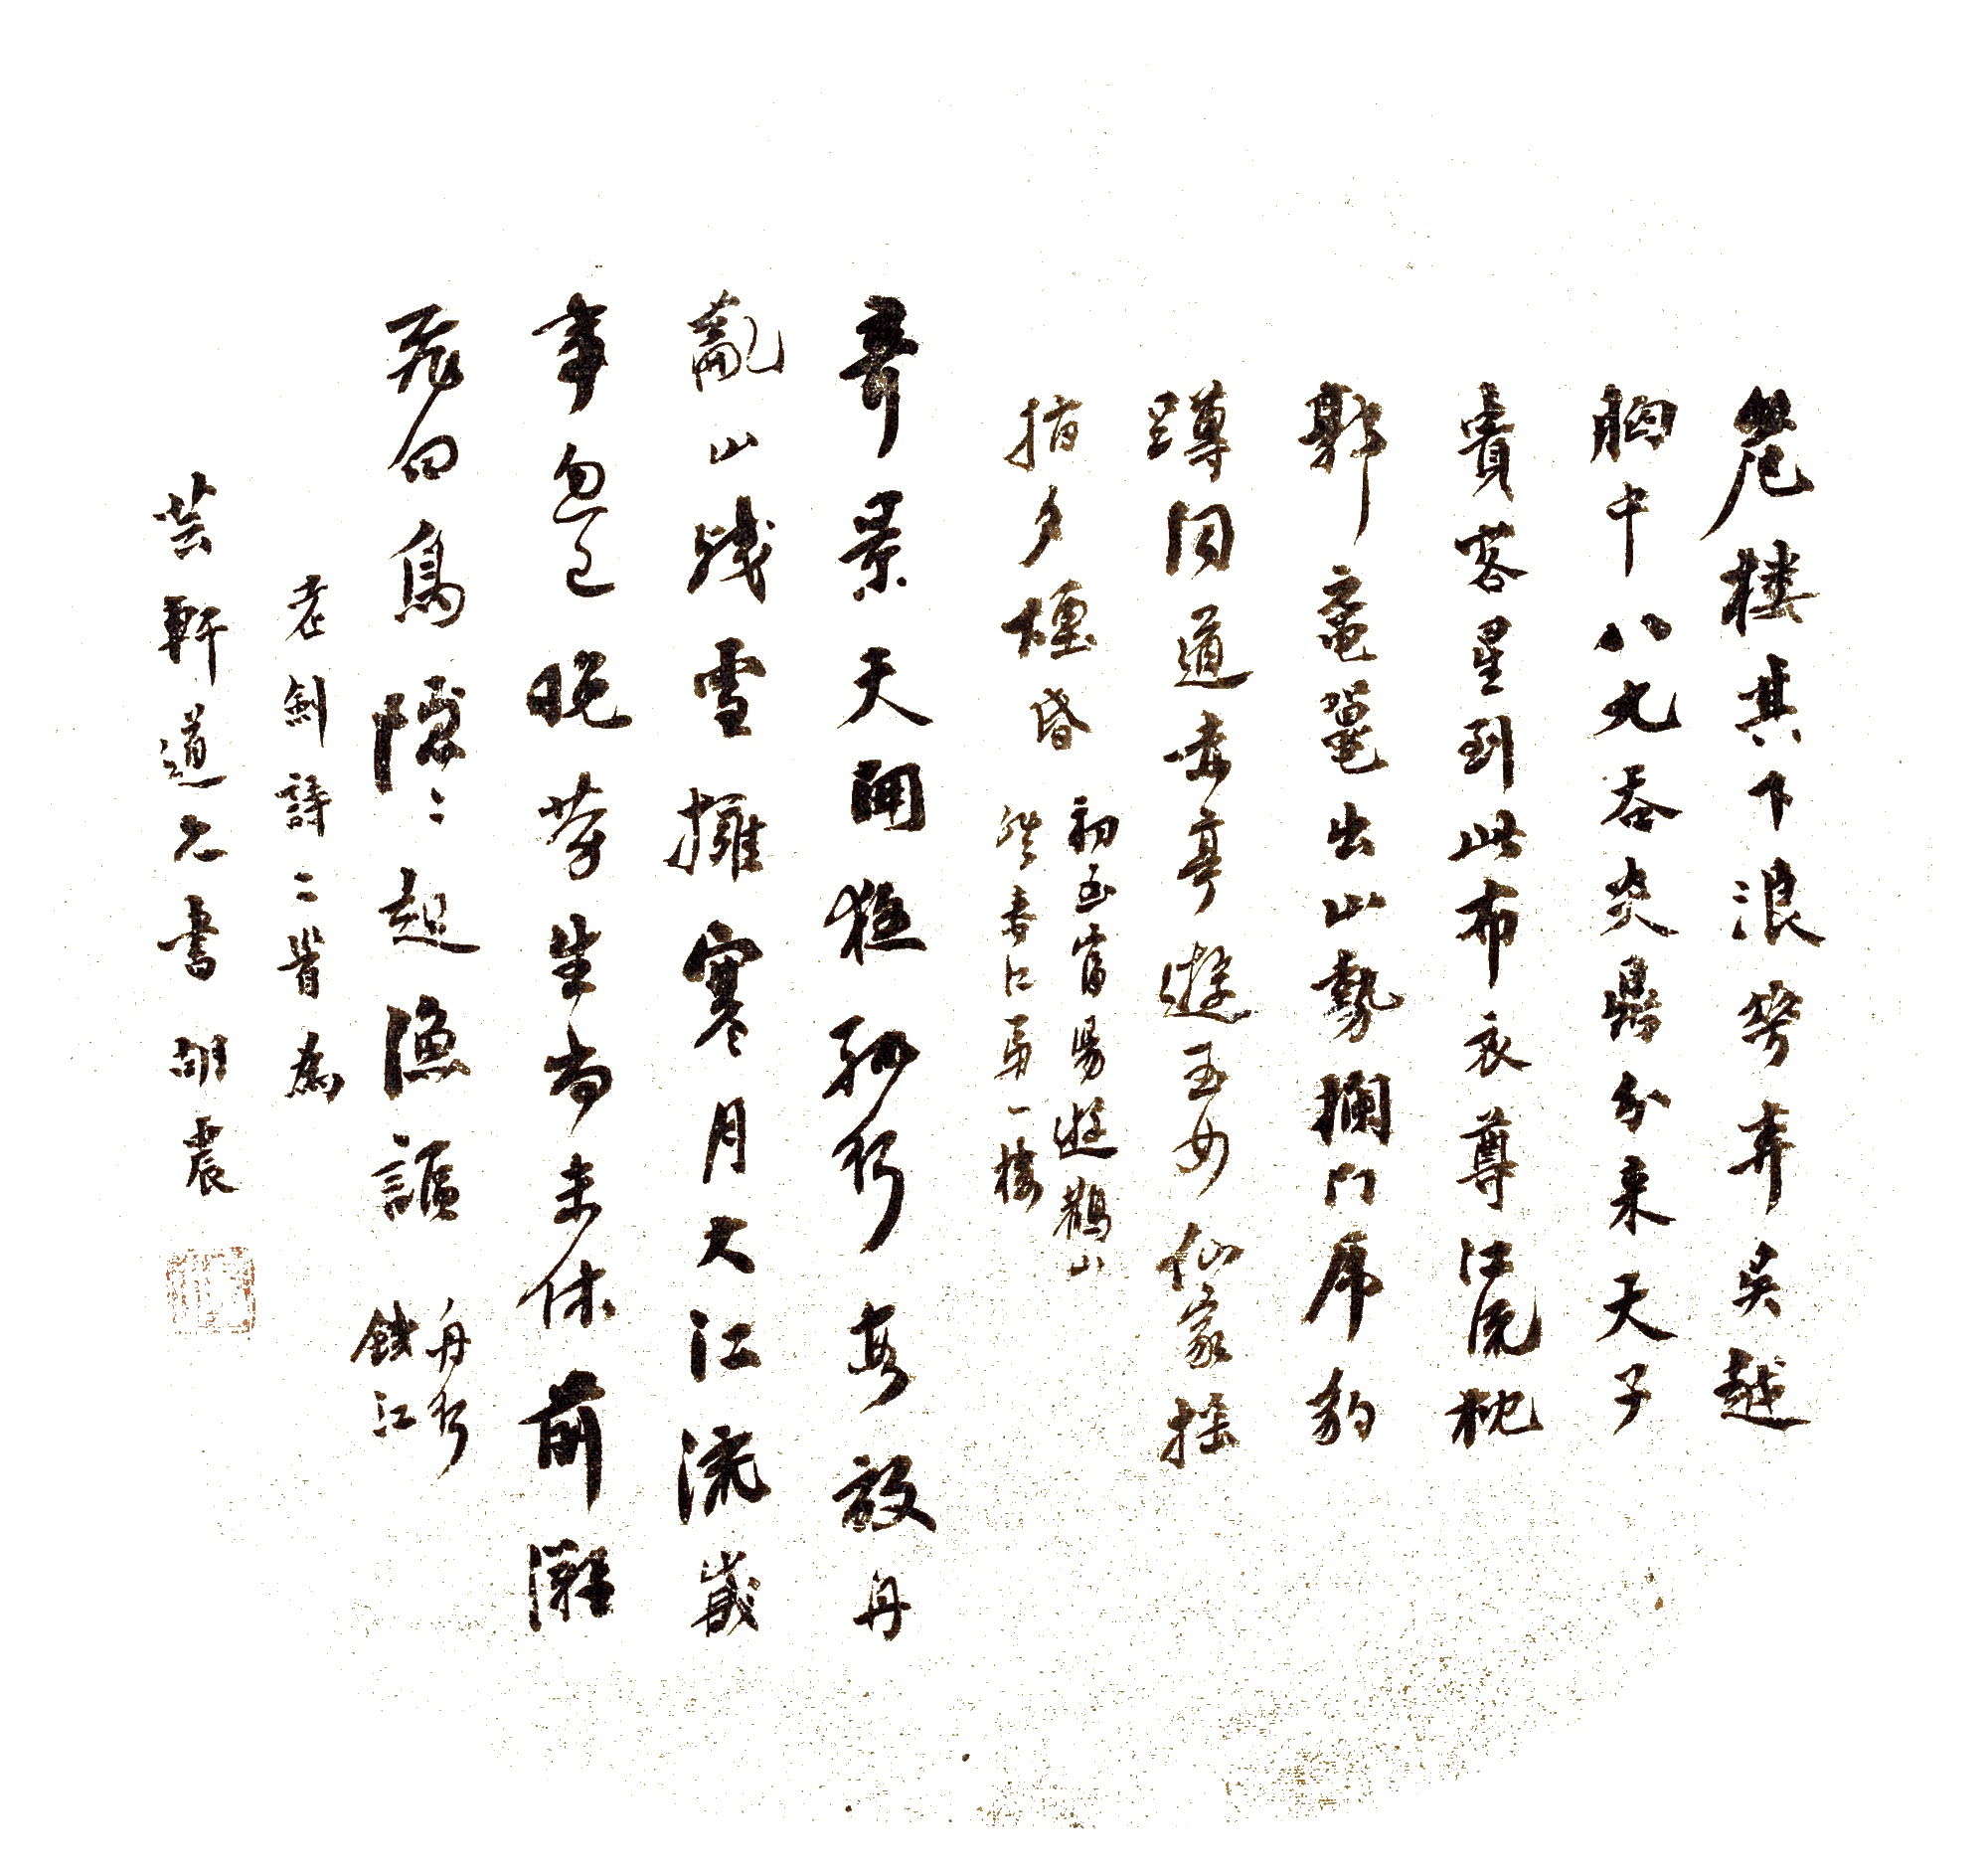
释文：1、危楼其下浪花奔，吴越胸中八九吞；炎鼎分来天子贵，客星到此布衣尊。江流枕郭鼋鼍出，山势拦门虎豹蹲；同道赤亭游玉女，仙家摇指夕烟昏。初至富阳游鹳山经春江第一楼。2、奇景天开夜，孤行叚放舟；乱山残雪拥，寒月大江流。岁事忽已晚，劳生尚未休；前滩飞白鸟，隐隐起渔讴。舟行钱江。老剑诗二首为芸轩道兄书，胡震。